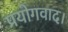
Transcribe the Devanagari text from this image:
प्रयोगवाद।